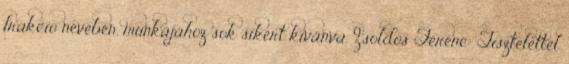
frakció nevében, munkájához sok sikert kívánva. Zsoldos Ferenc: Tisztelettel